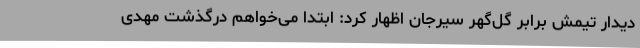
دیدار تیمش برابر گل‌گهر سیرجان اظهار کرد: ابتدا می‌خواهم درگذشت مهدی